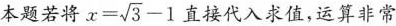
本题若将$$x = \sqrt { 3 } - 1$$ 直接代入求值，运算非常